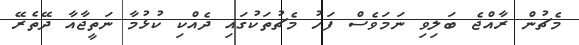
މެޗުން ރާއްޖެ ބަލިވި ނަމަވެސް ފަހު މެޗުތަކުގައި ދެއްކި ކުޅުމާ ނަތީޖާއާ ދޭތެރޭ